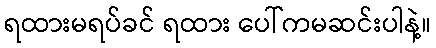
ရထားမရပ်ခင် ရထား ပေါ်ကမဆင်းပါနဲ့။